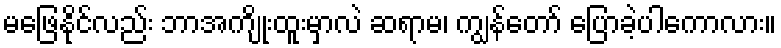
မဖြေနိုင်လည်း ဘာအကျိုးထူးမှာလဲ ဆရာမ၊ ကျွန်တော် ပြောခဲ့ပါကောလား။